Rae_vallavalitsus, lk 90
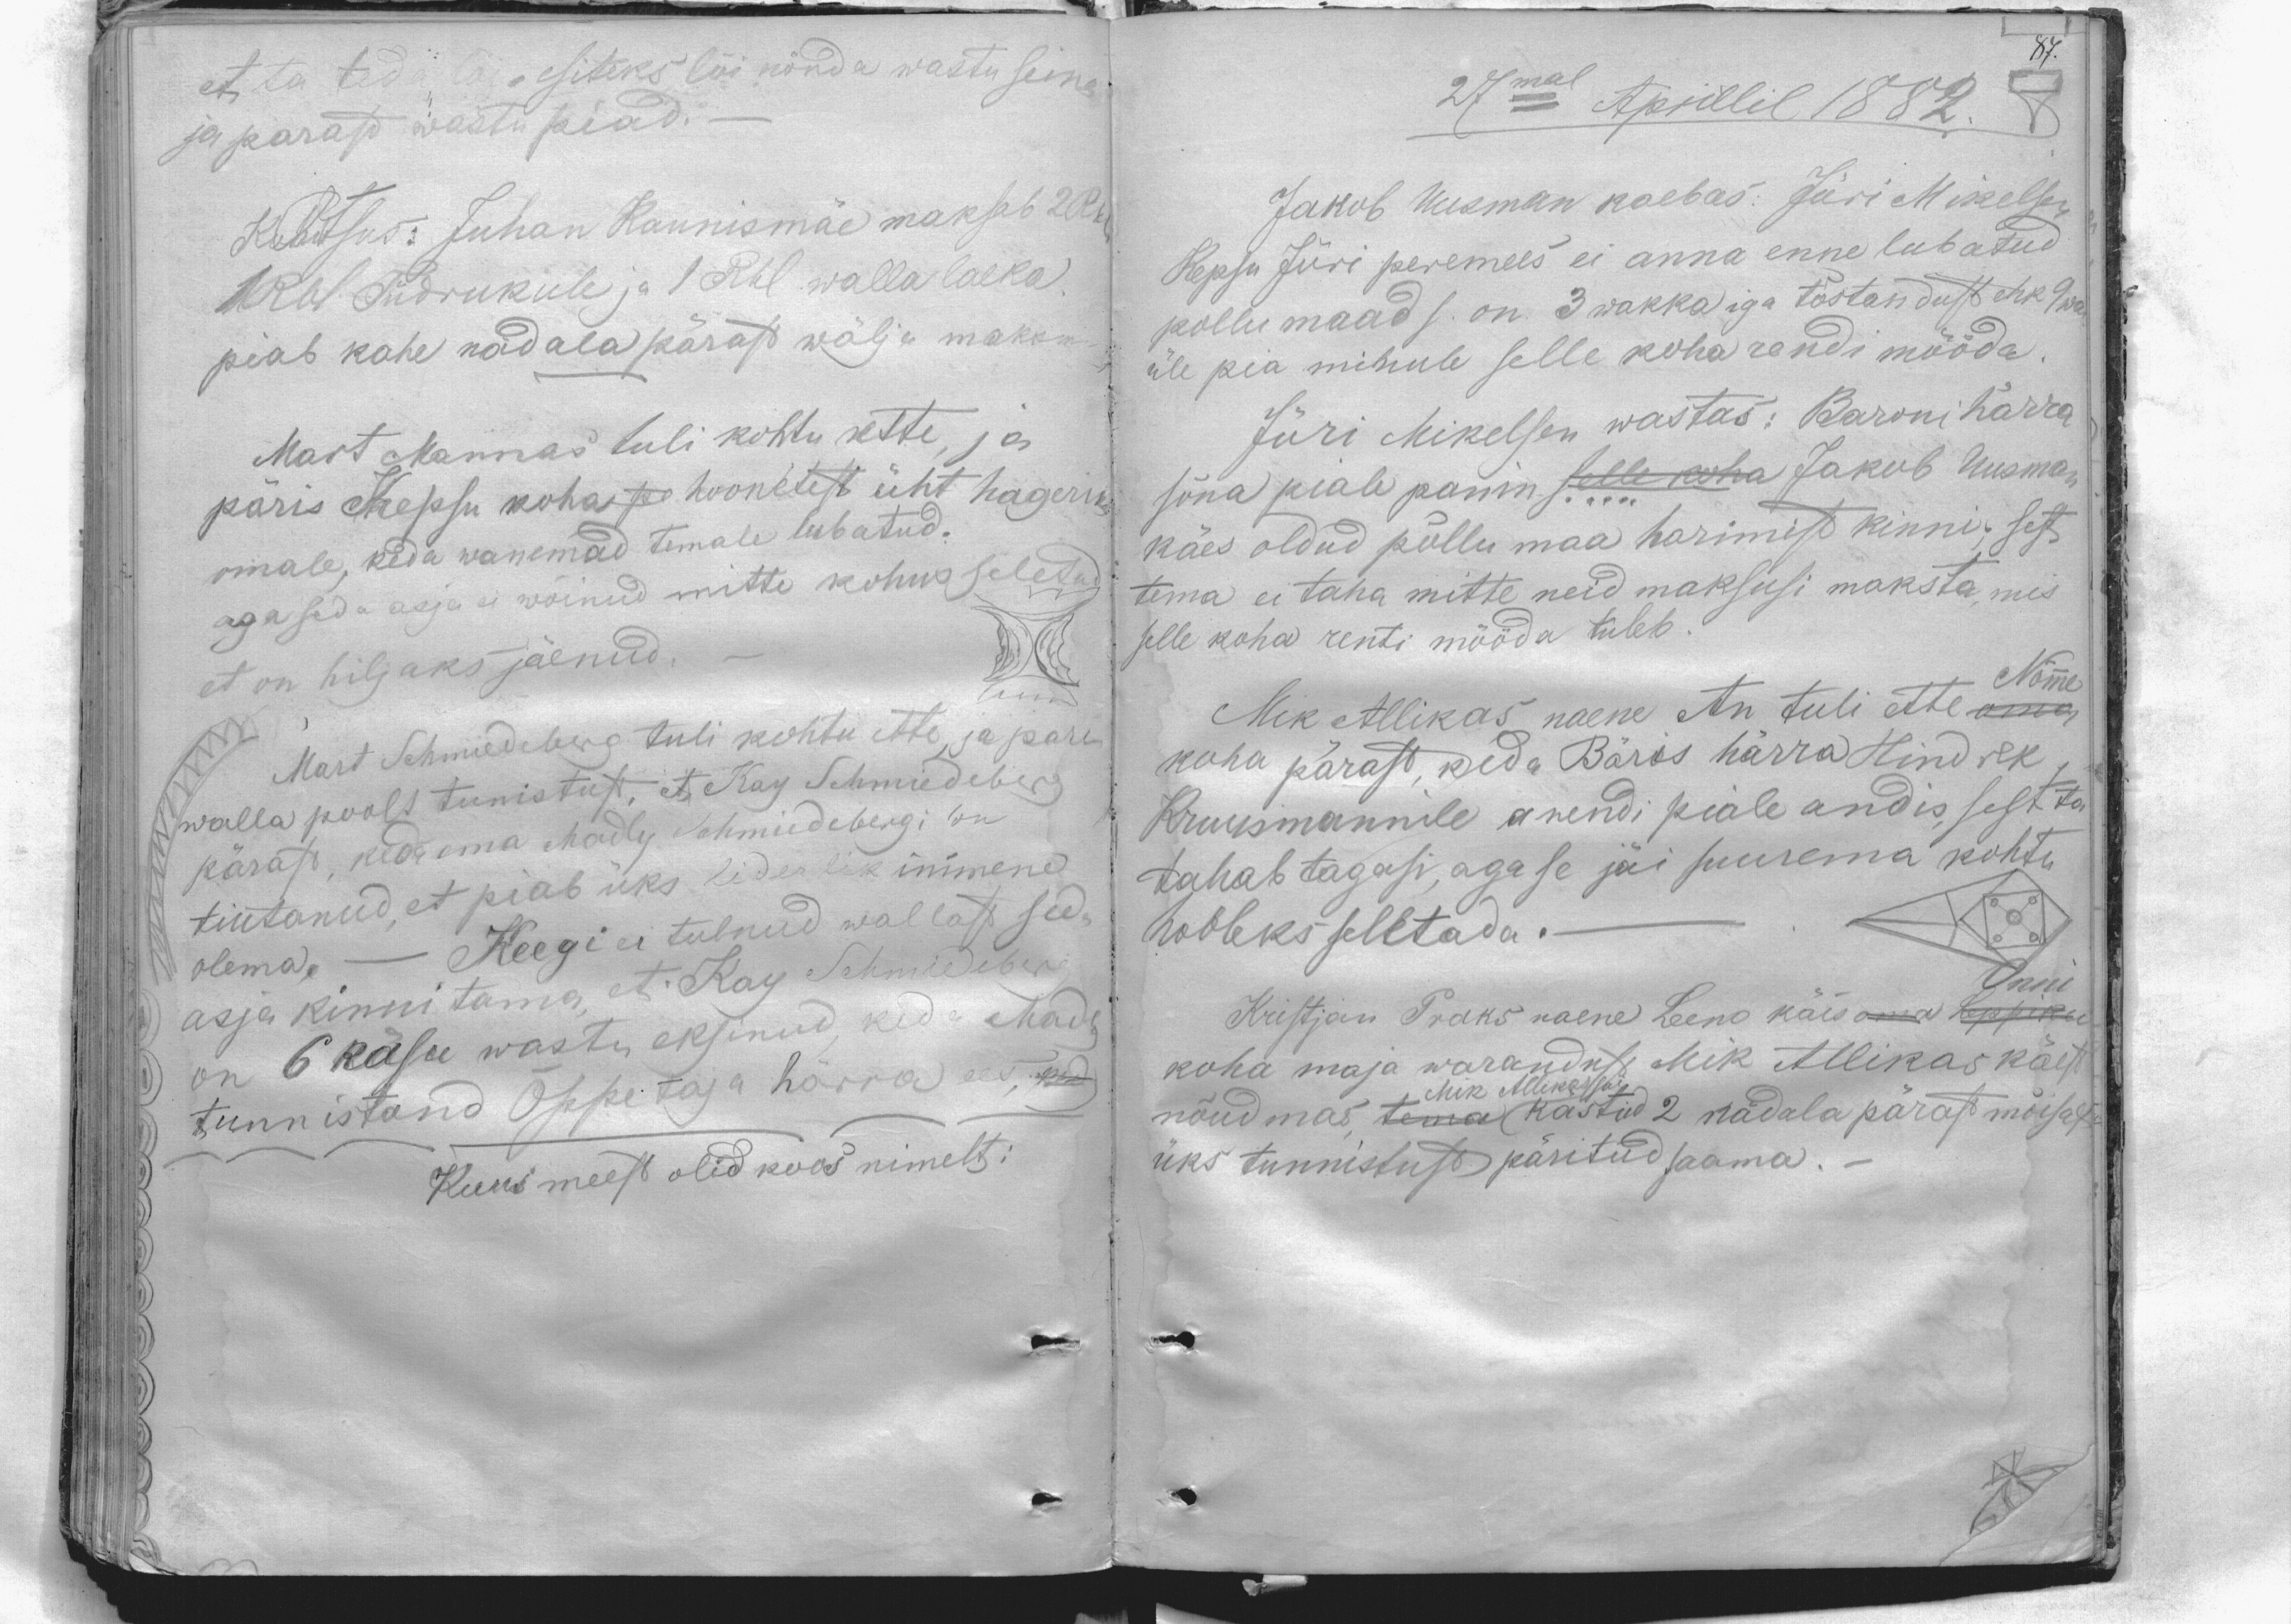
et ta teda lõi. esiteks lõi nõnda wastu seina
ja parast wastu piad.
K Otsus: Juhan Kaunismäe maksab 2 Rbl
1 Rbl Tüdrukule ja 1 Rbl walla laeka.
piab kahe nadala pärast wälja maksm
Mart Mannas tuli kohtu ette, ja
paris Kepsu koha pe hoonetest üht hageriku
omale, keda wanemad temale lubatud.
aga seda asja ei wõinud mitte kohus seletud
et on hiljaks jäenud.
Mart Schmiedeberg tuli kohtu ette, ja paris
walla poolt tunistust, et Kay Schmiedeberg
pärast, keda ema Madly Schmiedebergi on
tiutanud, et peab üks liderlik inimene
olema.- Keegi ei tulnud wallast seda
asja kinnitama, et. Kay Schmideberg
on 6 käsu wastu eksinud, keda Madly
tunnistand Õppetaja härra ees, ked
Kuus meest olid koos nimelt:

87.
27mal Aprillil 1882.
Jakob Uusman kaebas: Jüri Mikelsen
Kepsu Jüri peremees ei anna enne lubatud
pollumaad s. on 3 wakka iga tõstandust ehk 9 wa.
üle pea minule selle koha rendi mööda
Jüri Mikelsen wastas: Baroni härra
sõna piale panin selle koha Jakob Uusman
käes oldud põllu maa harimist kinni; sest
tema ei taha mitte neid maksusi maksta, mis
selle koha renti mööda tuleb.
Nõmme
Mik Allikas naene An tuli ette oma
koha pärast, keda Bäris härra Hindrek
Kruusmannile arendi piale andis, sest ta
tahab tagasi, aga se jäi suurema kohtu
hooleks seletada.-
Onni
Kristjan Praks naene Leeno käis oma Leppiku
koha maja warandust Mik Allikas käest
nõudmas, tema kästud 2 nädala pärast mõisast
Mik Allikas sai
üks tunnistust päritud saama.